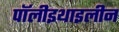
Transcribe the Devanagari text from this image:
पॉलीइथाइलीन